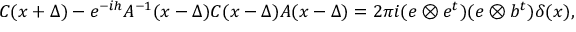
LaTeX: C ( x + \Delta ) - e ^ { - i h } A ^ { - 1 } ( x - \Delta ) C ( x - \Delta ) A ( x - \Delta ) = 2 \pi i ( e \otimes e ^ { t } ) ( e \otimes b ^ { t } ) \delta ( x ) ,